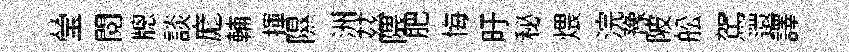
瑩閱牕談庬輔揮隰洲茲隈肥悔旴秘煨浣豫陂舩駕還譯